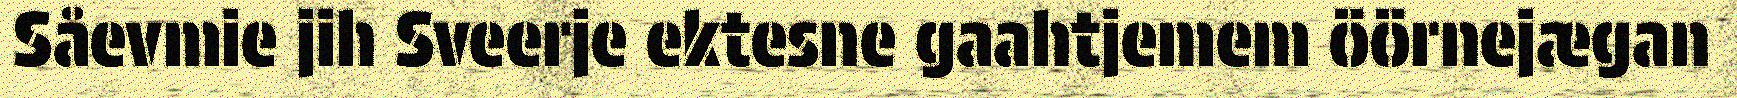
Såevmie jih Sveerje ektesne gaahtjemem öörnejægan